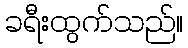
ခရီးထွက်သည်။